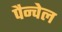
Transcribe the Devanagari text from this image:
पैन्वेल